Madras plague regulations and rules - Volume 2
Disease focus: Plague
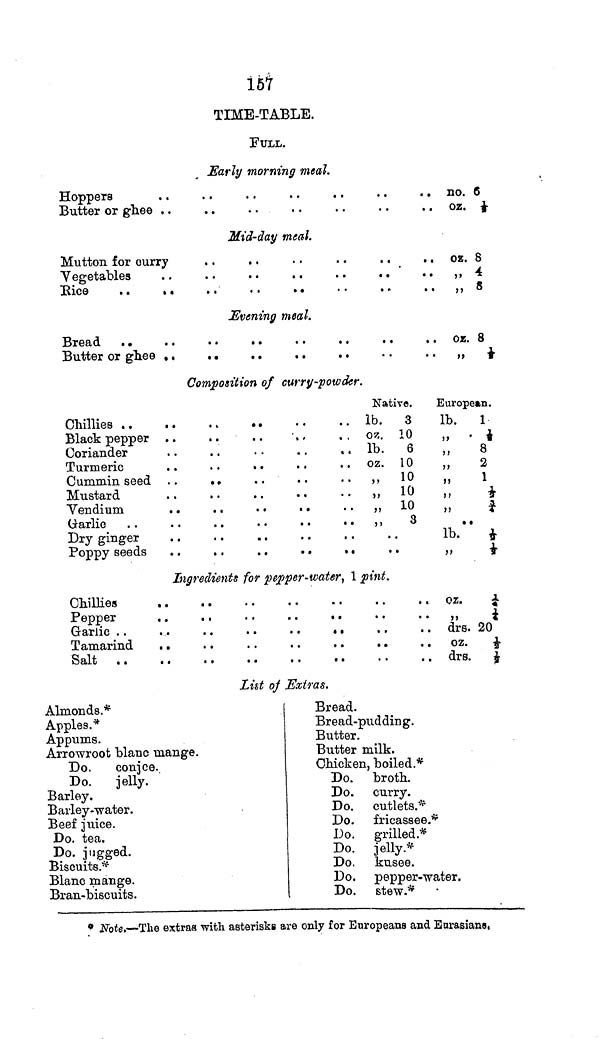
157
TIME-TABLE.
FULL.
Early morning meal.
Hoppers
Butter or ghee . .
Mid-day meal.
Rice
. .
.
. .
. .
. .
Evening meal.
Bread . .
Composition of curry-powder
Chillies
Black pepper
Coriander
. .
. .
.
. .
. .
Turmeric
Cummin seed . .
Mustard
Vendium
. .
. .
. .
Dry ginger
Native.
lb.
3
oz. 10
lb.
6
oz. 10
„ 10
>, 10
„ 10
,,
3
Ingredients for pepper-water, 1 pint.
Chillies
Salt
. no. 6
oz. ½
oz. 8
.. „ 4
..
8
. . oz. 8
.. „ ½
European.
lb.
1
8
2
1
*
*
• •
lb. ½
*
oz.
¼
¼
. drs. 20
. oz. ½
drs. ½
List of Extras.
Almonds.*
Apples.*
Appums.
Arrowroot blanc mange.
Do.
conjee.
Do.
jelly.
Barley.
Barley-water.
Beef juice.
Do. tea.
Do. jugged.
Biscuits.*
Blanc mange.
Bran-biscuits.
Bread.
Bread-pudding.
Butter.
Butter milk.
Chicken, boiled.*
Do. broth.
Do. curry.
Do. cutlets.*
Do. fricassee.*
Do. grilled.*
Do. jelly.*
Do. kusee.
Do. pepper-water.
Do. stew.*
* Note.—The extras with asterisks are only for Europeans and Eurasians.